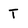
Character: T